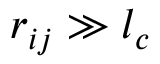
r _ { i j } \gg l _ { c }